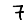
Digit: 7